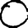
Digit: 0